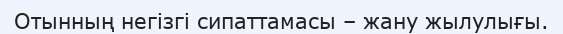
Отынның негізгі сипаттамасы – жану жылулығы.